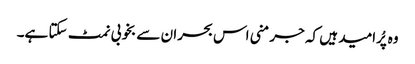
وہ پُرامید ہیں کہ جرمنی اس بحران سے بخوبی نمٹ سکتا ہے۔